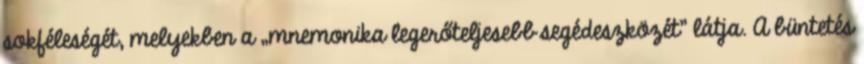
sokféleségét, melyekben a „mnemonika legerőteljesebb segédeszközét” látja. A büntetés